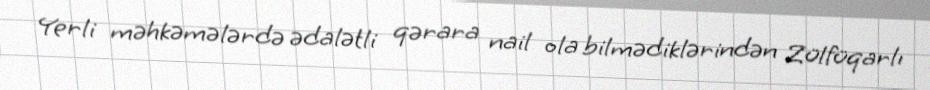
Yerli məhkəmələrdə ədalətli qərara nail ola bilmədiklərindən Zülfüqarlı